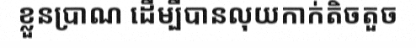
ខ្លួនប្រាណ ដើម្បីបានលុយកាក់តិចតួច